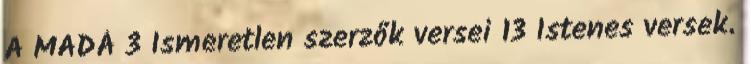
A MADÁ 3 Ismeretlen szerzők versei 13 Istenes versek.